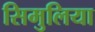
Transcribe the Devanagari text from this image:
सिमुलिया